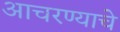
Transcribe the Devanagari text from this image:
आचरण्याचे